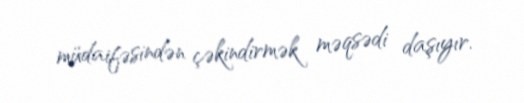
müdaifəsindən çəkindirmək məqsədi daşıyır.